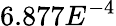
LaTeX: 6.877E^{-4}